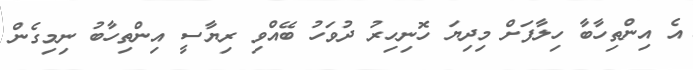
އެ އިންތިހާބާ ހިލާފަށް މިދިޔަ ހޮނިހިރު ދުވަހު ބޭއްވި ރިޔާސީ އިންތިހާބު ނިމިގެން